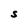
Character: S